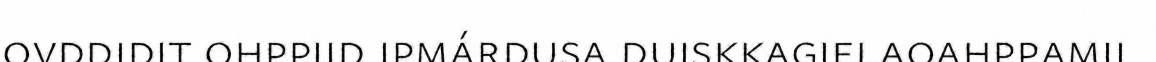
ovddidit ohppiid ipmárdusa duiskkagielaoahppamii